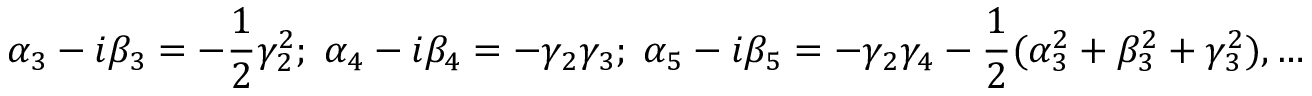
\alpha _ { 3 } - i \beta _ { 3 } = - \frac { 1 } { 2 } \gamma _ { 2 } ^ { 2 } ; \; \alpha _ { 4 } - i \beta _ { 4 } = - \gamma _ { 2 } \gamma _ { 3 } ; \; \alpha _ { 5 } - i \beta _ { 5 } = - \gamma _ { 2 } \gamma _ { 4 } - \frac { 1 } { 2 } ( \alpha _ { 3 } ^ { 2 } + \beta _ { 3 } ^ { 2 } + \gamma _ { 3 } ^ { 2 } ) , \dots